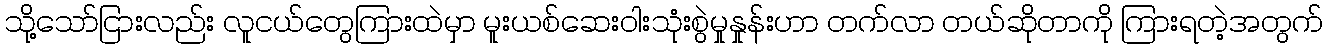
သို့သော်ငြားလည်း လူငယ်တွေကြားထဲမှာ မူးယစ်ဆေးဝါးသုံးစွဲမှုနှုန်းဟာ တက်လာ တယ်ဆိုတာကို ကြားရတဲ့အတွက်